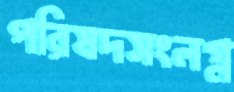
পরিষদসংলগ্ন